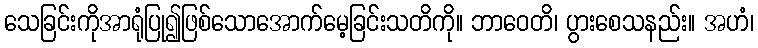
သေခြင်းကိုအာရုံပြု၍ဖြစ်သောအောက်မေ့ခြင်းသတိကို။ ဘာဝေတိ၊ ပွားစေသနည်း။ အဟံ၊